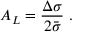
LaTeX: A _ { L } = \frac { \Delta \sigma } { 2 \bar { \sigma } } \; .